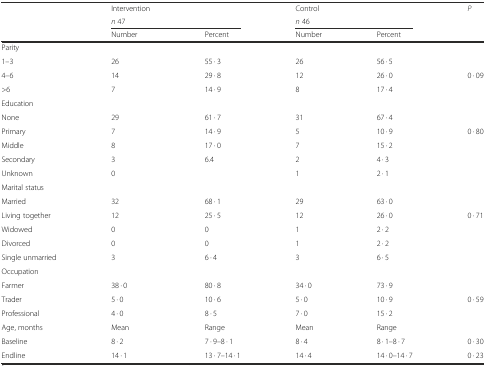
<table><thead><tr><td rowspan="2">[EMPTY_CELL]</td><td><b>Intervention</b></td><td>[EMPTY_CELL]</td><td><b>Control</b></td><td>[EMPTY_CELL]</td><td><b><i>P</i></b></td></tr><tr><td colspan="2"><b><i>n</i> 47</b></td><td colspan="2"><b><i>n</i> 46</b></td><td>[EMPTY_CELL]</td></tr><tr><td>[EMPTY_CELL]</td><td><b>Number</b></td><td><b>Percent</b></td><td><b>Number</b></td><td><b>Percent</b></td><td>[EMPTY_CELL]</td></tr></thead><tbody><tr><td>Parity</td><td>[EMPTY_CELL]</td><td>[EMPTY_CELL]</td><td>[EMPTY_CELL]</td><td>[EMPTY_CELL]</td><td>[EMPTY_CELL]</td></tr><tr><td>1–3</td><td>26</td><td>55 · 3</td><td>26</td><td>56 · 5</td><td>[EMPTY_CELL]</td></tr><tr><td>4–6</td><td>14</td><td>29 · 8</td><td>12</td><td>26 · 0</td><td>0 · 09</td></tr><tr><td>&gt;6</td><td>7</td><td>14 · 9</td><td>8</td><td>17 · 4</td><td>[EMPTY_CELL]</td></tr><tr><td>Education</td><td>[EMPTY_CELL]</td><td>[EMPTY_CELL]</td><td>[EMPTY_CELL]</td><td>[EMPTY_CELL]</td><td>[EMPTY_CELL]</td></tr><tr><td>None</td><td>29</td><td>61 · 7</td><td>31</td><td>67 · 4</td><td>[EMPTY_CELL]</td></tr><tr><td>Primary</td><td>7</td><td>14 · 9</td><td>5</td><td>10 · 9</td><td>0 · 80</td></tr><tr><td>Middle</td><td>8</td><td>17 · 0</td><td>7</td><td>15 · 2</td><td>[EMPTY_CELL]</td></tr><tr><td>Secondary</td><td>3</td><td>6.4</td><td>2</td><td>4 · 3</td><td>[EMPTY_CELL]</td></tr><tr><td>Unknown</td><td>0</td><td>[EMPTY_CELL]</td><td>1</td><td>2 · 1</td><td>[EMPTY_CELL]</td></tr><tr><td>Marital status</td><td>[EMPTY_CELL]</td><td>[EMPTY_CELL]</td><td>[EMPTY_CELL]</td><td>[EMPTY_CELL]</td><td>[EMPTY_CELL]</td></tr><tr><td>Married</td><td>32</td><td>68 · 1</td><td>29</td><td>63 · 0</td><td>[EMPTY_CELL]</td></tr><tr><td>Living together</td><td>12</td><td>25 · 5</td><td>12</td><td>26 · 0</td><td>0 · 71</td></tr><tr><td>Widowed</td><td>0</td><td>0</td><td>1</td><td>2 · 2</td><td>[EMPTY_CELL]</td></tr><tr><td>Divorced</td><td>0</td><td>0</td><td>1</td><td>2 · 2</td><td>[EMPTY_CELL]</td></tr><tr><td>Single unmarried</td><td>3</td><td>6 · 4</td><td>3</td><td>6 · 5</td><td>[EMPTY_CELL]</td></tr><tr><td>Occupation</td><td>[EMPTY_CELL]</td><td>[EMPTY_CELL]</td><td>[EMPTY_CELL]</td><td>[EMPTY_CELL]</td><td>[EMPTY_CELL]</td></tr><tr><td>Farmer</td><td>38 · 0</td><td>80 · 8</td><td>34 · 0</td><td>73 · 9</td><td>[EMPTY_CELL]</td></tr><tr><td>Trader</td><td>5 · 0</td><td>10 · 6</td><td>5 · 0</td><td>10 · 9</td><td>0 · 59</td></tr><tr><td>Professional</td><td>4 · 0</td><td>8 · 5</td><td>7 · 0</td><td>15 · 2</td><td>[EMPTY_CELL]</td></tr><tr><td>Age, months</td><td>Mean</td><td>Range</td><td>Mean</td><td>Range</td><td>[EMPTY_CELL]</td></tr><tr><td>Baseline</td><td>8 · 2</td><td>7 · 9–8 · 1</td><td>8 · 4</td><td>8 · 1–8 · 7</td><td>0 · 30</td></tr><tr><td>Endline</td><td>14 · 1</td><td>13 · 7–14 · 1</td><td>14 · 4</td><td>14 · 0–14 · 7</td><td>0 · 23</td></tr></tbody></table>